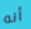
أنه